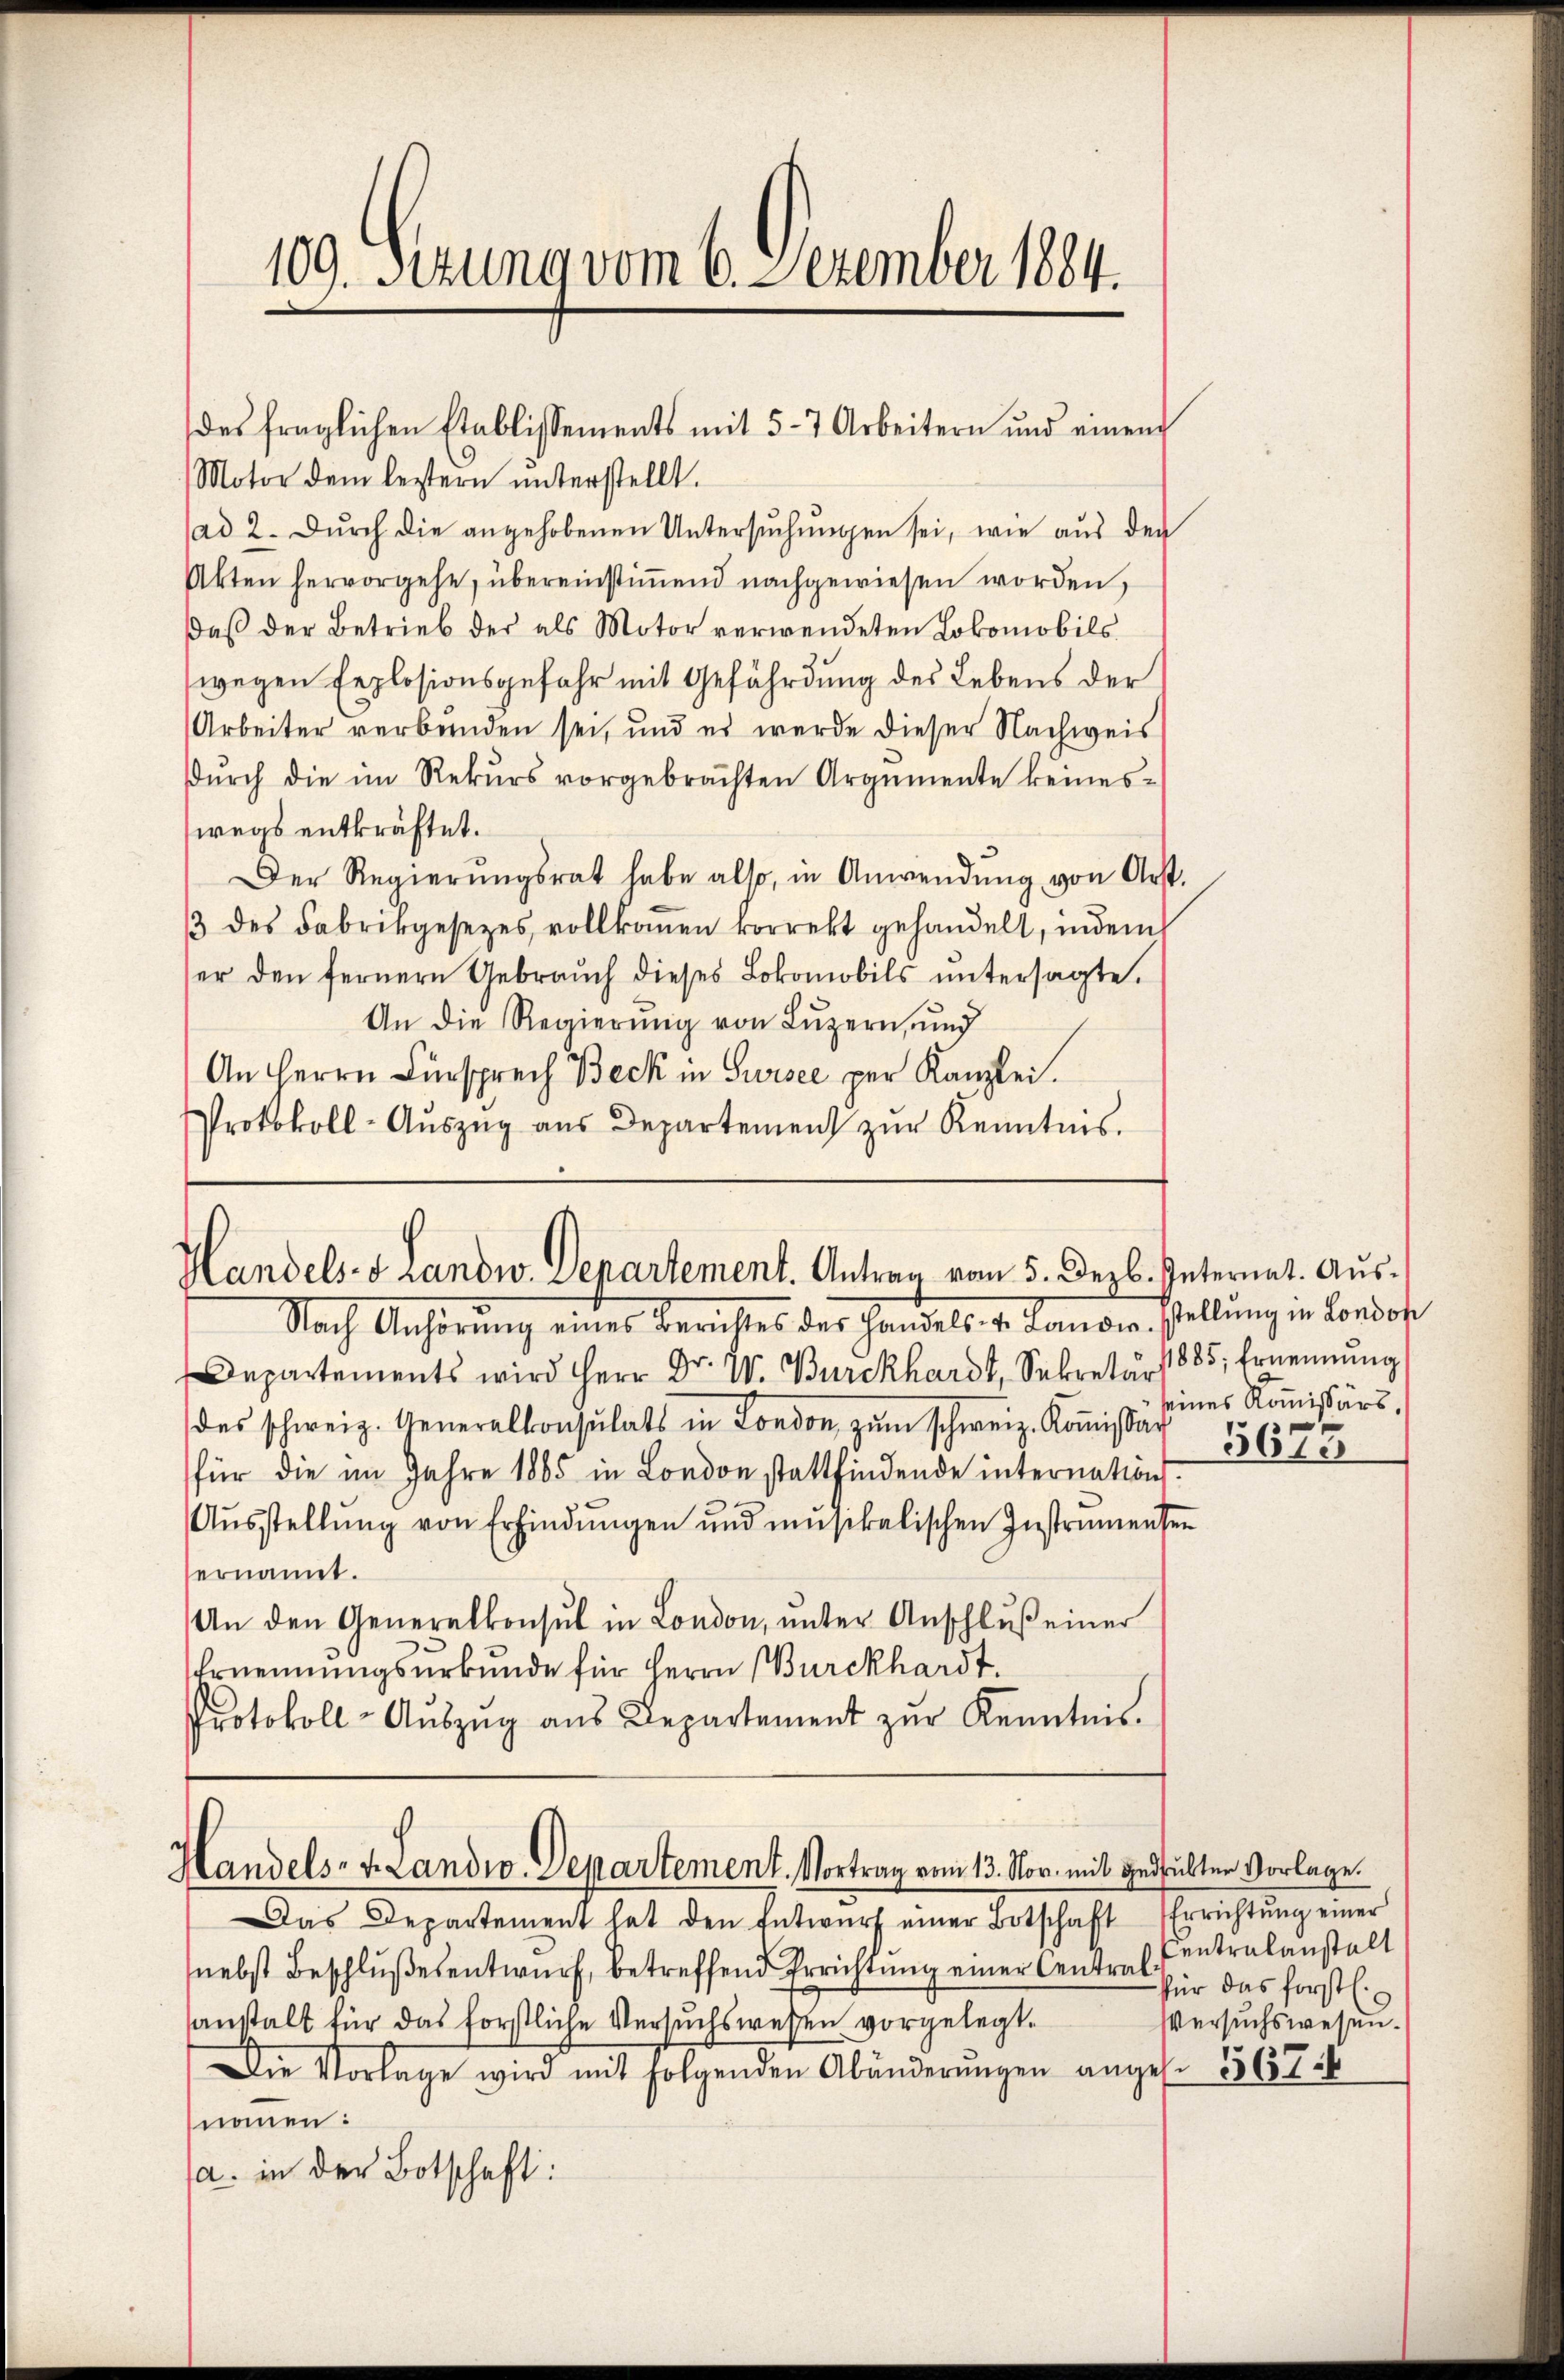
109. Sezung vom 6. Dezember 1884.

des fraglichen Etablissements mit 5-7 Arbeitern und einem

Motor dem leztern ŭnterstellt.
(ad 2. Durch die angehobenen Untersuchungen sei, wie aus der
Akten hervorgehe, übereinstimmend nachgewiesen worden,
daß der Betrieb der als Motor verwendeten Lokomobilswegen Explosionsgefahr mit Gefährdung des Lebens der
Arbeiter verbunden sei, und es werde dieser Nachweis
durch die im Rekurs vorgebrachten Argumente keineswegs entkräftet.
Der Regierŭngsrat habe also, in Anwendŭng von Art.
/3 des Fabrikgesezes vollkomen korrekt gehandelt, indem
ser den fernern Gebrauch dieses Lokomobils untersagte.
An die Regierŭng von Luzern, und
An Herrn Fürsprech Beck in Suisce per Kanzlei.
Protokoll-Aŭszŭg aŭs Departement zŭr Kenntnis.

Handels- & Landw. Departement. Antrag vom 5. Dezb. Internat. Aus¬

Handels- u. Landio. Departement. Vortrag vom 13. Nov. mit gedulten Vorlage.

Nach Anhörŭng eines Berichtes der Handels- u. Lander Stellŭng in London
Departements wird Herr Dr. W. Burckhardt, Sekretär 1885. Ernennung
des schweiz. Generalkonsulats in London zŭm Schweiz. Koṁissar 15673
für die im Jahre 1865 in London stattfindende internation.
Aŭsstellŭng von Erfindungen und musikalischen Instrumensen
ernannt.
An den Generalkonsul in London, ŭnter Anschlŭβ einer
Ernennungsurkunde für Herrn Burckhardt.
Protokoll-Aŭszŭg aŭs Departement zŭr Kenntnis.

Das Departement hat den Entwŭrf einer Botschaft Errichtŭng einer
nebst Beschlußesentwurf, betreffend Errichtung einer Central entralanstalt
sanstalt für das forstliche Versuchswesen vorgelegt.
Die Vorlage wird mit folgenden Abänderŭngen anges. 567 b
nommen:
(a. in der Botschaft:

eines Kom̅issärs,

für das forstl.
Versuchswesen.